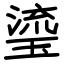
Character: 瑬